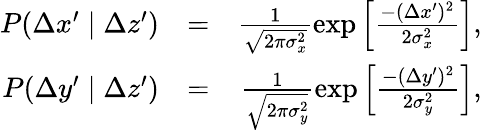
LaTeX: \begin{array}{rlr}{P(\Delta x^{\prime}\mid\Delta z^{\prime})}&{=}&{\frac{1}{\sqrt{2\pi\sigma_{x}^{2}}}\exp\left[\frac{-(\Delta x^{\prime})^{2}}{2\sigma_{x}^{2}}\right],}\\ {P(\Delta y^{\prime}\mid\Delta z^{\prime})}&{=}&{\frac{1}{\sqrt{2\pi\sigma_{y}^{2}}}\exp\left[\frac{-(\Delta y^{\prime})^{2}}{2\sigma_{y}^{2}}\right],}\end{array}